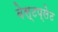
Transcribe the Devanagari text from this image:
बेस्टप्लेट